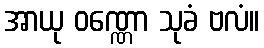
အာယု ဝဏ္ဏော သုခံ ဗလံ။